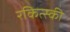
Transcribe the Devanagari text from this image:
रकित्स्की